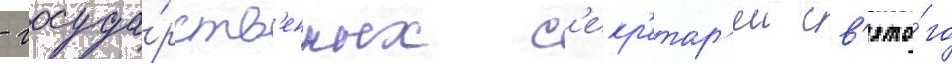
- госуда́рств'енных с'екр'етар'еи св'ято́го